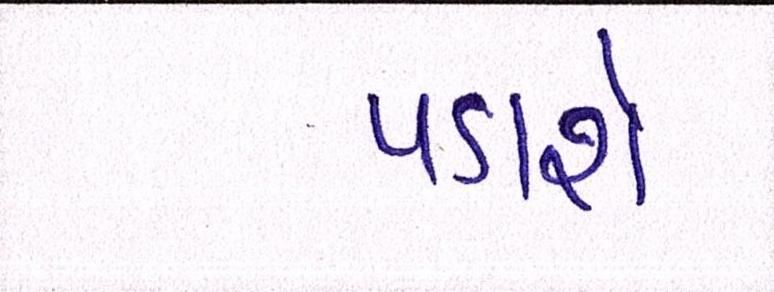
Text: પડાશે